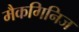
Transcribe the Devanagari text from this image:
मैकगिनिज